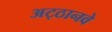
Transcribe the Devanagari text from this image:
अट्‍ठानवे